Annual administration report of the Civil Veterinary Department of India - 1902-1903
Year: 1902
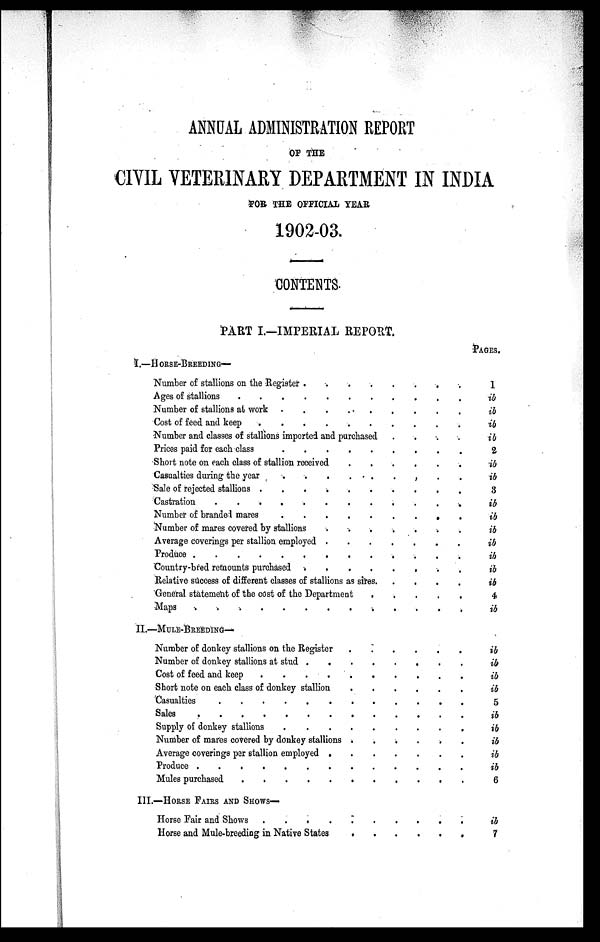
ANNUAL ADMINISTRATION REPORT
OF THE
CIVIL VETERINARY DEPARTMENT IN INDIA
FOR THE OFFICIAL YEAR
1902-03.
CONTENTS.
PART I.—IMPERIAL REPORT.
I.—HORSE-BREEDING—
Number of stallions on the Register . . . . . . . . .
Ages of stallions . . . . . . . . . . . .
Number of stallions at work . . . . . . . . .
Cost of feed and keep . . . . . . . . . .
Number and classes of stallions imported and purchased
. . . .
Prices paid for each class of stallion received . . . . . . . . .
Short note on each class of stallion received
.
.
.
.
.
.
Casualties during the year
.
.
.
.
.
.
.
Sale of rejected stallions . . . . . . . . . . . .
Castration . . . . . . . . . . . . .
Number of branded mares . . . . . . . . .
Number of mares covered by stallions
.
.
.
.
.
.
.
Average of mares covered by stallions employed . . . . . . .
Produce . . . . . . . . . . . . .
Country-bred remounts purchased . . . . . . . .
Relative success of different classes of stallions as sires
.
.
.
.
.
General statement of the cost of the Department
.
.
.
.
.
Maps . . . . . . . . . . . .
II.—MULE-BREEDING—
Number of donkey stallions on the Register
.
.
.
.
.
.
Number of donkey stallions at stud . . . . . . . .
Cost of feed and keep . . . . . . . . . .
Short note on each class of donkey stallion
.
.
.
.
.
.
Casualties . . . . . . . . . . . .
Sales . . . . . . . . . . . . .
Supply of donkey stallions . . . . . . . . . . .
Number of mares covered by donkey stallions . . . . . .
Average coverings per stallion employed
.
.
.
.
.
.
.
Produce . . . . . . . . . . . . . . .
Mules purchased . . . . . . . . . . . . . . .
III.—HORSE FAIRS AND SHOWS—
Horse Fair and shows . . . . . . . . . .
Horse and Mule-breeding in Native States
.
.
.
.
.
.
PAGES.
1
ib
ib
ib
ib
2
ib
ib
3
ib
ib
ib
ib
ib
ib
ib
4
ib
ib
ib
ib
ib
5
ib
ib
ib
ib
ib
6
ib
7